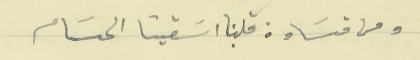
ومن قسَاوة قلبنا اسَقينا الحسَام